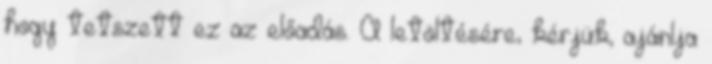
hogy tetszett ez az előadás. A letöltésére, kérjük, ajánlja